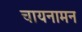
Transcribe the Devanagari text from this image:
चायनामन